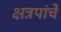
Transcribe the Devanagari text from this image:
क्षत्रपांचे